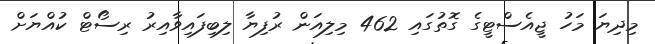
މިދިޔަ މަހު ޖީއެސްޓީގެ ގޮތުގައި 462 މިލިއަން ރުފިޔާ ލިބިފައިވާއިރު ރިސޯޓް ކުއްޔަށް